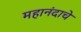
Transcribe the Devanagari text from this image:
महानंदाचे